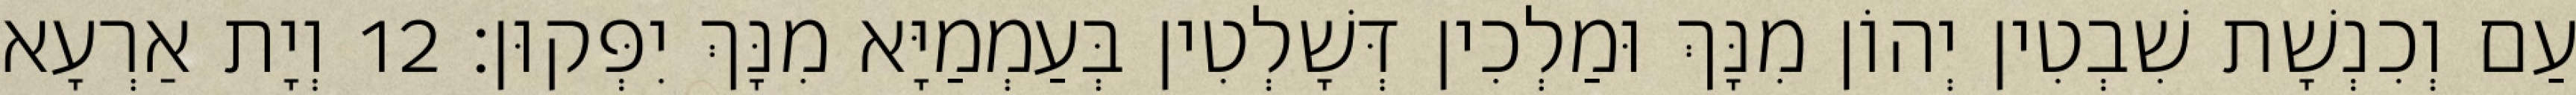
עַם וְכִנְשָׁת שִׁבְטִין יְהוֹן מִנָּךְ וּמַלְכִין דְּשָׁלְטִין בְּעַמְמַיָּא מִנָּךְ יִפְּקוּן׃ 12 וְיָת אַרְעָא